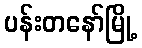
ပန်းတနော်မြို့